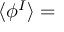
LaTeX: \langle \phi ^ { I } \rangle =